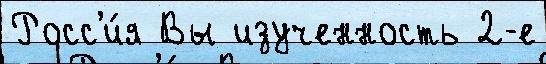
Росс'и́я Вы изученность 2-е